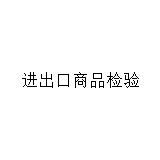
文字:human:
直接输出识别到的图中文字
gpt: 进出口商品检验